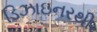
ડિઝાઇનરથી